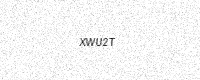
Text: XWU2T